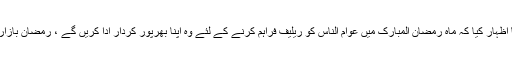
اس موقع پر انجمن تاجراں کے نمائندوں اور دیگر شرکا ء نے اس عزم کا اظہار کیا کہ ماہ رمضان المبارک میں عوام الناس کو ریلیف فراہم کرنے کے لئے وہ اپنا بھرپور کردار ادا کریں گے ، رمضان بازار میں معیاری اشیائے خورد و نوش مناسب نرخوں پر فراہم کی جائیں گی۔